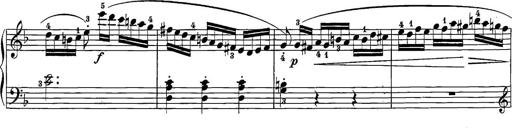
Title: 12 Sonatine per Pianoforte
Composer: Friedrich Kuhlau